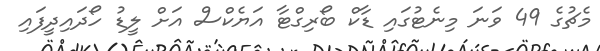
މެޗުގެ 49 ވަނަ މިނެޓުގައި ޑާކް ބޯރިގްޓާ އަޔެކްސް އަށް ލީޑު ހޯދައިދީފައި